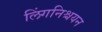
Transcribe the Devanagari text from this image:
लिंगनिश्चयन